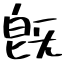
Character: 旣